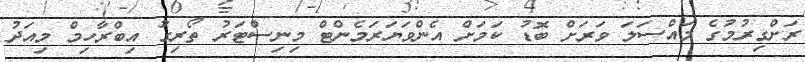
ރަށްގިރުމުގެ މައްސަލަ ވަރަށް ބޮޑު ކަމަށް އެންވަޔަރަމެންޓް މިނިސްޓަރު ތޯރިގު އިބްރާހިމް މިއަދު